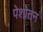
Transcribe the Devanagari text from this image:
पेशोतन